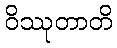
ဝိဿုတာတိ